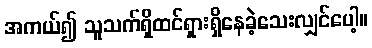
အကယ်၍ သူသက်ရှိထင်ရှားရှိနေခဲ့သေးလျှင်ပေါ့။